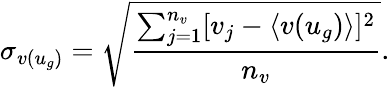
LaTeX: \sigma_{v(u_{g})}=\sqrt{\frac{\sum_{j=1}^{n_{v}}[v_{j}-\langle v(u_{g})\rangle]^{2}}{n_{v}}}.